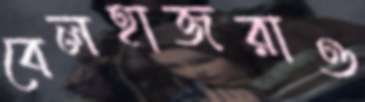
বেলহাজরাও